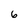
Character: 6